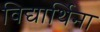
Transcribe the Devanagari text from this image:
विद्यार्थिना